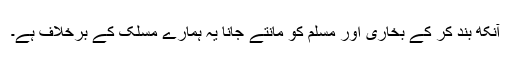
آنکھ بند کر کے بخاری اور مسلم کو مانتے جانا یہ ہمارے مسلک کے برخلاف ہے۔